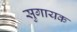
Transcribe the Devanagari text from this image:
सुगायक